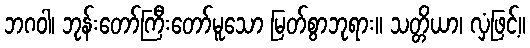
ဘဂဝါ၊ ဘုန်းတော်ကြီးတော်မူသော မြတ်စွာဘုရား။ သတ္တိယာ၊ လှံဖြင့်။